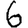
Digit: 6